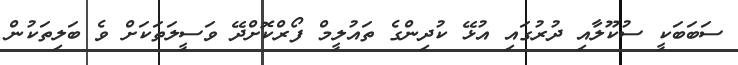
ސަބަބަކީ ސުކޫލާއި ދުރުގައި އުޅޭ ކުދިންގެ ތައުލީމް ފޯރްކޮށްދޭ ވަސީލަތަކަށް ވެ ބަލިތަކުން